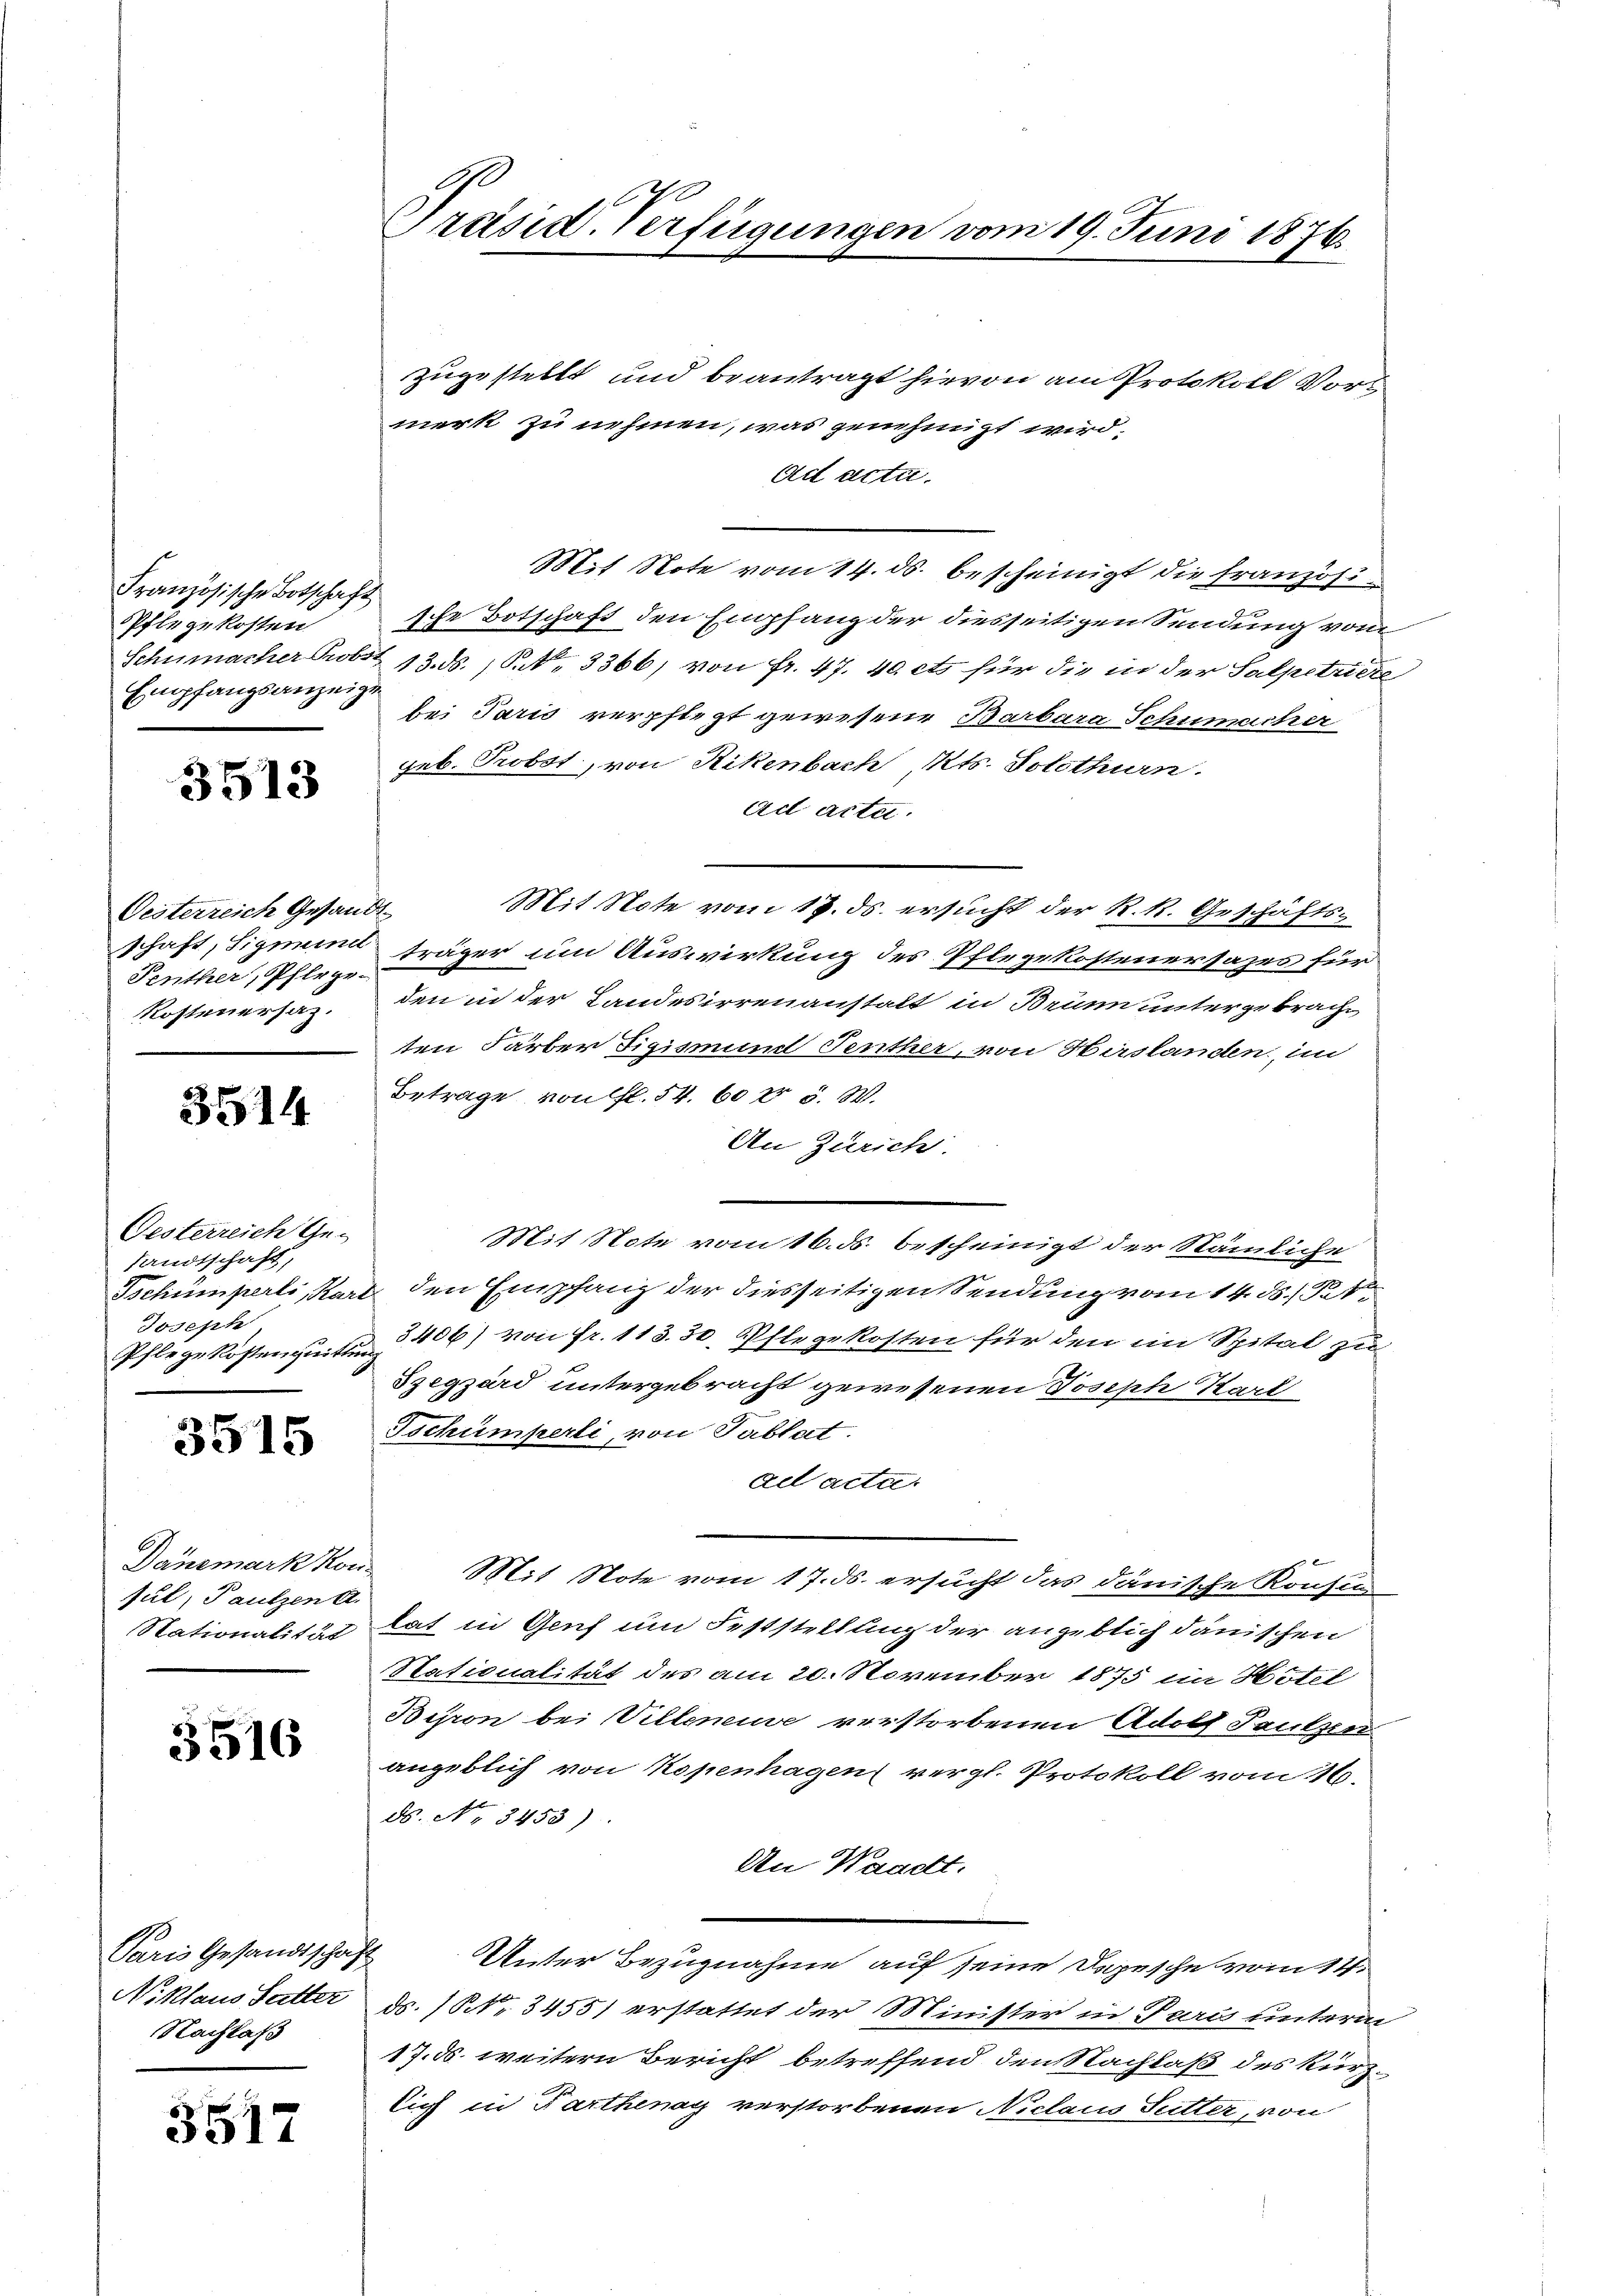
Französische Botschaft
Pflegekosten
Empfangsanzeigt

3513

Oesterreich Gesandt
Penther, Pflege.
Rostenersaz.

3514

Gesterreich Ge-
sandtschaft,
Tschumperli, Kari
Joseph
Pflege kosten quittin

3515

Dänemark Kon
sul, Pautzen a
Stationalität

3516

Paris Gesandtschaft
Niklaus Satter
Nachlaß

3517

zugestellt und beantragt hievon am Protokoll Vors
merk zu nehmen, was genehmigt wird.
Aad acta.
Mit Note vom 14. ds. bescheinigt die französische Botschaft den Empfang der diesseitigen Sendung vom
Schumacher Probst 13. ds., S. Nr. 3366) von fr. 47. 40. ets für die in der Salpetriere
bei Paris verpflegt gewesene Barbara Schinrecher
Feb. Probst, von Rikenbach, Kts. Solothurn.
ad acta.
Mit Note vom 17. ds. ersucht der R. R. Geschäftsschaft, Sigmund träger um Auswirkung des Pflegekostenersazes für
den in der Landesirrenanstalt in Brunn untergebracht
ten Färber Sigismund Fenther, von Hirslanden, im
Betrage von fl. 54. 60 n 5. W.
An Zürich.
Mit Note vom 16. ds. bescheinigt der Nämliche
& den Empfang der diesseitigen Sendung vom 14. ds. Pet
8406) von Fr. 113. 30, Pflegekosten für den im Spital zu
Szegzard untergebracht gewesenen Joseph Kart
Tschumperli, von Tablat
ael acta.
Mit Note vom 17. ds. ersucht das dänische Konsu
lat in Genf um Feststellung der angeblich dänischen
Stationalität des am 20. November 1875 ein Hotel
Beron bei Villeneuve verstorbenen Adolf Sautzen
angeblich von Kopenhagen vergl. Protokoll vom 16.
ds. No 3453).
An Waadt.
Unter Bezugnahme auf seine Depesche vom 14.
ds. No 3455) erstattet der Minister in Paris unterm
17. ds. weitern Bericht betreffend den Nachlaß des kürzlich in Parthenay verstorbenen Niclaus Sutter, von

Präsid. Verfügungen vom 19. Juni 1876